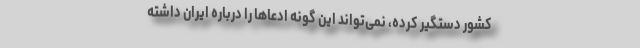
کشور دستگیر کرده، نمی‌تواند این گونه ادعاها را درباره ایران داشته